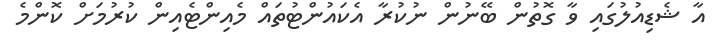
އާ ޝެޑިއުލުގައި ވާ ގޮތުން ބޭނުން ނުކުރާ އެކައުންޓުތައް މެއިންޓެއިން ކުރުމަށް ކޮންމެ